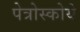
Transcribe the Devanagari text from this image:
पेत्रोस्कोये